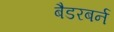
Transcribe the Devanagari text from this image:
बैडरबर्न